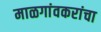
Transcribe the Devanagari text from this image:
माळगांवकरांचा